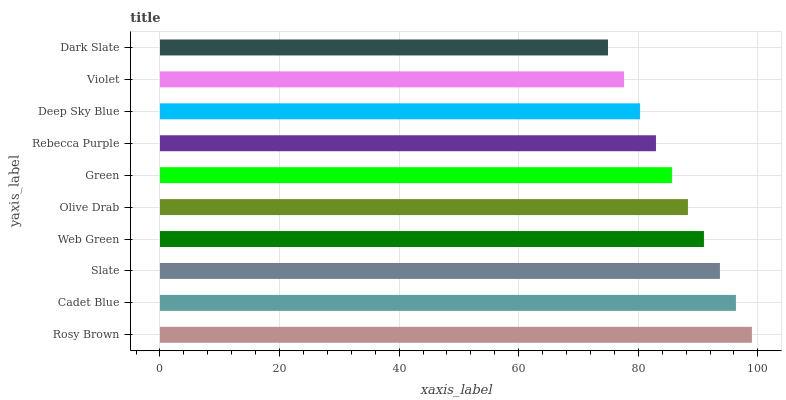
| yaxis_label | bars |
 | --- | --- |
 | Rosy Brown | 99 |
 | Cadet Blue | 96.3 |
 | Slate | 93.7 |
 | Web Green | 91 |
 | Olive Drab | 88.3 |
 | Green | 85.6 |
 | Rebecca Purple | 83 |
 | Deep Sky Blue | 80.3 |
 | Violet | 77.6 |
 | Dark Slate | 74.9 |